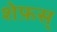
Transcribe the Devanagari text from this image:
शेफ़स्